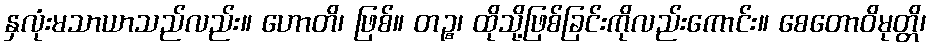
နှလုံးမသာယာသည်လည်း။ ဟောတိ၊ ဖြစ်။ တဉ္စ၊ ထိုသို့ဖြစ်ခြင်းကိုလည်းကောင်း။ စေတောဝိမုတ္တိ၊